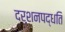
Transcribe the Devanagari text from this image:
दर्शनपद्धति